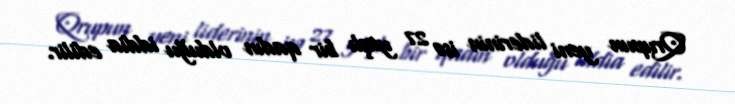
Qrupun yeni liderinin isə 27 yaşlı bir qadın olduğu iddia edilir.